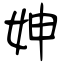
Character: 妽